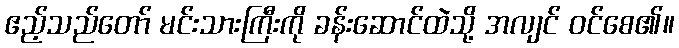
ဧည့်သည်တော် မင်းသားကြီးကို ခန်းဆောင်ထဲသို့ အလျင် ဝင်စေ၏။